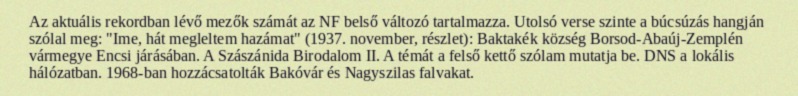
Az aktuális rekordban lévő mezők számát az NF belső változó tartalmazza. Utolsó verse szinte a búcsúzás hangján szólal meg: "Ime, hát megleltem hazámat" (1937. november, részlet): Baktakék község Borsod-Abaúj-Zemplén vármegye Encsi járásában. A Szászánida Birodalom II. A témát a felső kettő szólam mutatja be. DNS a lokális hálózatban. 1968-ban hozzácsatolták Bakóvár és Nagyszilas falvakat.